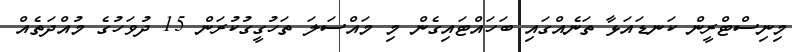
މިނިސްޓްރީން ކަނޑައަޅާ ތަނެއްގައި ބަހައްޓައިގެން މި މައްސަލަ ތަހުގީގުކުރަން 15 ދުވަހުގެ މުއްދަތެއް